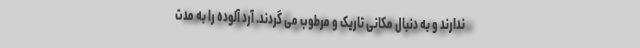
ندارند و به دنبال مکانی تاریک و مرطوب می گردند. آرد آلوده را به مدت